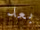
بعد